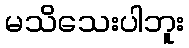
မသိသေးပါဘူး